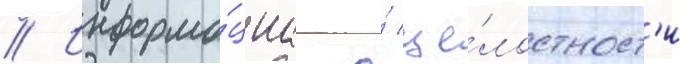
// Информа́циа о́ це́лостност'и